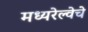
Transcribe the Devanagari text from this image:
मध्यरेल्वेचे